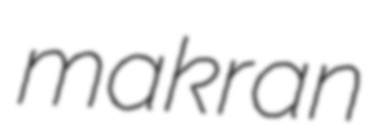
makran